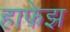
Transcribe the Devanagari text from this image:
हाफेझ